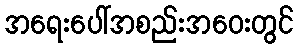
အရေးပေါ်အစည်းအဝေးတွင်